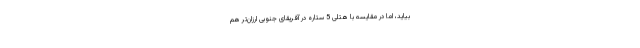
بیاید، اما در مقایسه با هتلی 5 ستاره در آفریقای جنوبی ارزان‌تر هم